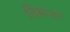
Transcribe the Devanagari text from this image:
तिसर्‍र्‍या